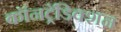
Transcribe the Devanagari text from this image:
कॉनट्रॅडिक्शन